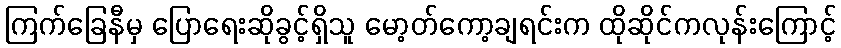
ကြက်ခြေနီမှ ပြောရေးဆိုခွင့်ရှိသူ မော့တ်ကော့ချရင်းက ထိုဆိုင်ကလုန်းကြောင့်